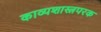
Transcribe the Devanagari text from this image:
काव्यशास्त्रपरक